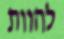
להוות